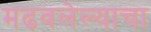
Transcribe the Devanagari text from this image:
मढवलेल्याचा